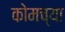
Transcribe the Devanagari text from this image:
कोमच्या